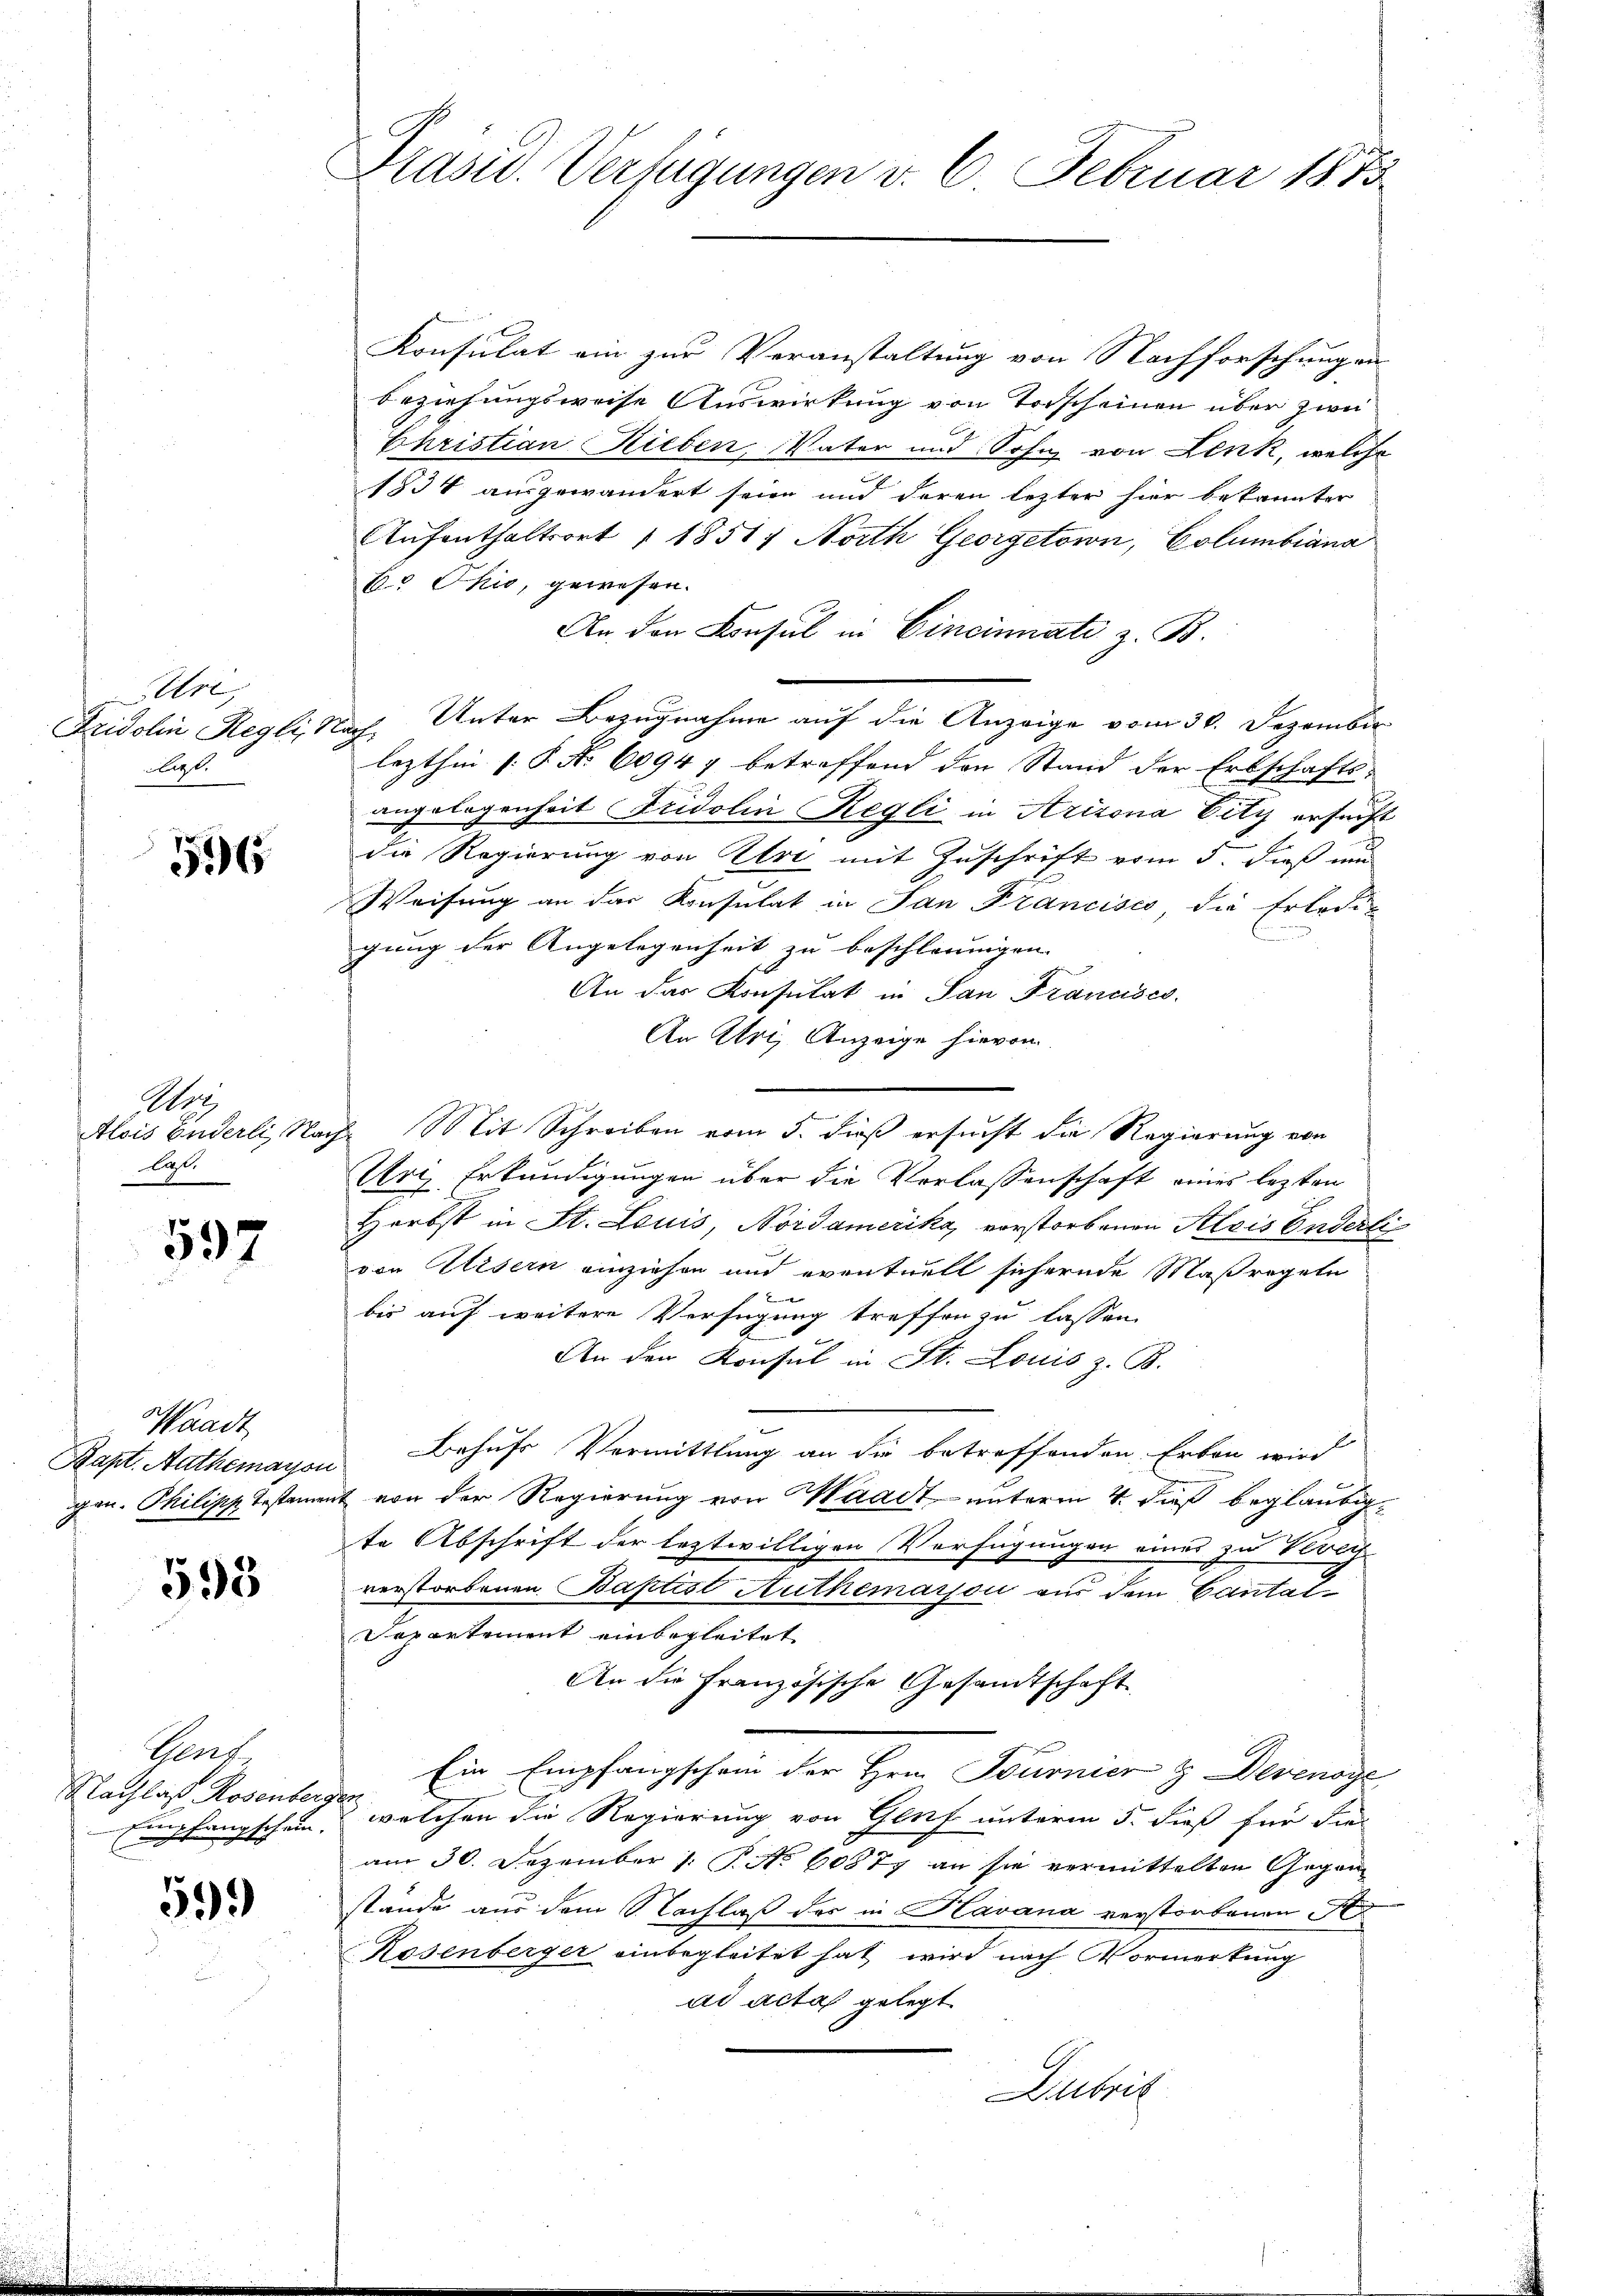
Ure
Fridolin Regli
ligt.

56

Wor
Alois Enderli, Nach
As.

597

Waadt,
Bapt. Aathemayon
gen. Philipp Testamen

595

Theat.
Nachlas, Rosenber
Empfangschein.

51).

Präsid. Verfügungen v. 6. Februar 1873

Konsulat am zur Veranstaltung von Nachforschung an
beziehungsweise Auswirkung von Vorscheinen über zwei
Christian Lieben, Vater und Sohn von Lenk, welche
1834 ausgewandert seien und deren lezter hier bekannter
Aufenthaltsort 1 1851, North Georgetorn, Columbiana
E. Ohio, gewesen.
An den Consul in Cincinnati z. B.
Unter Bezugnahme auf die Anzeige vom 30. Dezember
h
lezthin s. S. Nr. 60947 betreffend den Stand der Erbschafts-
angelegenheit Fridolin Regli in Arizona Vity ersucht
die Regierung von Uri mit Zuschrift vom 5. dieß nu
Weisung an das Konsulat in San Francisco, die Erledigung der Angelegenheit zu beschleunigen.
An das Konsulat in San Francisco
An Uri, Anzeige hievon
E. Mit Schreiben vom 5. dieß ersucht die Regierung von
Art Erkundigungen über die Verlassenschaft eines lezten
Herbst in St. Louis, Nordamerika, vorstorbenen Alois Enderli
von Eisern einziehen und eventuell sichernde Maßregeln
.
bis auf weitere Verfügung treffen zu lassen.
An der Konsul in St. Louis z. B.
Behufs Vermittlung an die betreffenden Erben wird
it von der Regierung von Waadt unterm 4. dieß beglaubigte Abschrift der leztwilligen Verfügungen eines zu Vech-
verstorbenen Baptist Authemarjon aus dem Cantat
Separtement einbegleitet
An die Französische Gesandtschaft
Ein Empfangschein der Hrn. Tournier & Devenoge
¬
welchen die Regierung von Genf unterm 5. dieß für die
am 30. Dezember 1. P. No 60877 an sie vermittelten Gegenstände aus dem Nachlaß des in Kavana verstorbenen St
Rosenberger einbegleitet hat wird nach Vormerkung
ad acta gelegt
Dutrit